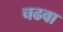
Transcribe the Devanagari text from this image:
चढवा